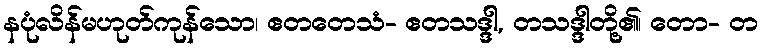
နပုံလိန်မဟုတ်ကုန်သော၊ ဧတတေသံ- ဧတသဒ္ဒါ, တသဒ္ဒါတို့၏၊ တော- တ